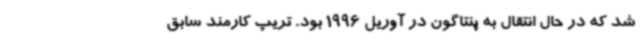
شد که در حال انتقال به پنتاگون در آوریل 1996 بود. تریپ کارمند سابق